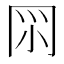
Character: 𠕘